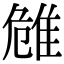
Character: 𨾼